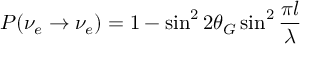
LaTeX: P ( \nu _ { e } \rightarrow \nu _ { e } ) = 1 - \sin ^ { 2 } 2 \theta _ { G } \sin ^ { 2 } \frac { \pi l } { \lambda }